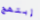
إبتهج